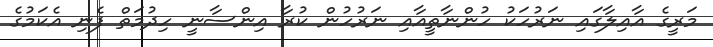
މަރީގެ އާއިލާގައި ނަރުހަކު ހުންނާތީއާއި ނަރުހުން ކުރާ އިންސާނީ ހިދުމަތް ފެނި އެކަމުގެ